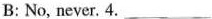
B: No, never. 4.___